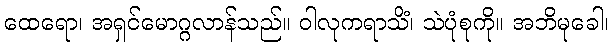
ထေရော၊ အရှင်မောဂ္ဂလာန်သည်။ ဝါလုကရာသိံ၊ သဲပုံစုကို။ အဘိမုခေါ၊